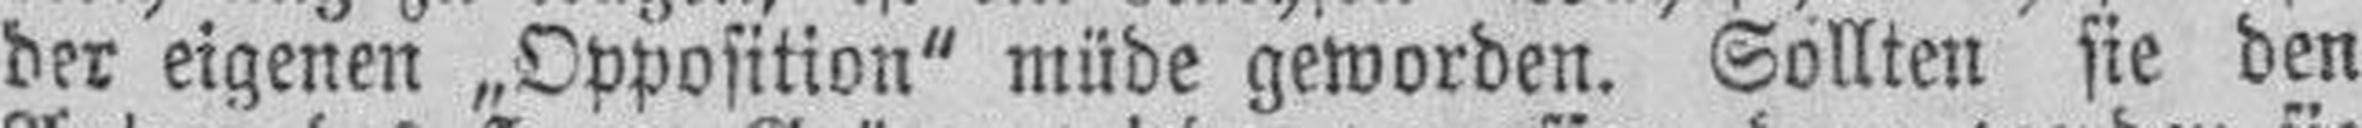
der eigenen „Opposition“ müde geworden. Sollten sie den